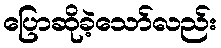
ပြောဆိုခဲ့သော်လည်း